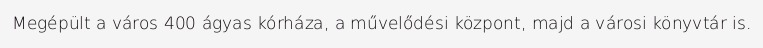
Megépült a város 400 ágyas kórháza, a művelődési központ, majd a városi könyvtár is.